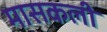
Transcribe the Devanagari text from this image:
मासकली